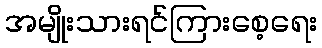
အမျိုးသားရင်ကြားစေ့ရေး